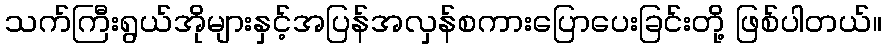
သက်ကြီးရွယ်အိုများနှင့်အပြန်အလှန်စကားပြောပေးခြင်းတို့ ဖြစ်ပါတယ်။